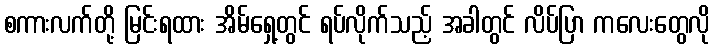
စကားလက်တို့ မြင်းရထား အိမ်ရှေ့တွင် ရပ်လိုက်သည့် အခါတွင် လိပ်ပြာ ကလေးတွေလို